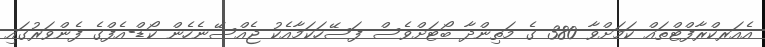
އެއަރކްރާފްޓްތައް ކަމަށްވާ 380 ގެ މަތިންދާ ބޯޓަށްވެސް ފަސޭހަކަމާއެކު ޖެއްސޭނެހެން ކޯޑް-އެފްގެ ފެންވަރުގައި